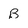
Character: B